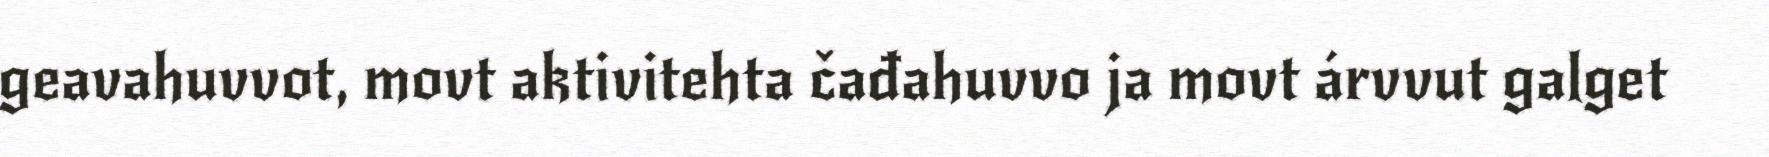
geavahuvvot, movt aktivitehta čađahuvvo ja movt árvvut galget